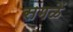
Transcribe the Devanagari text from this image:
सगळें